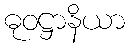
ဓုဝဋ္ဌာနိယာ